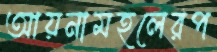
আয়নামহলেরপ